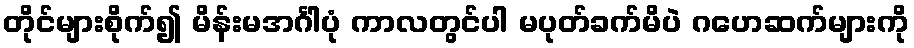
တိုင်များစိုက်၍ မိန်းမအင်္ဂါပုံ ကာလတွင်ပါ မပုတ်ခက်မိပဲ ဂဟေဆက်များကို